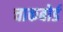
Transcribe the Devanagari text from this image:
चाकबोर्ड